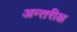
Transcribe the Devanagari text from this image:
अन्तरीक्ष